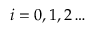
i = 0 , 1 , 2 \dots